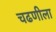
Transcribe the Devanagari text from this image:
चढणीला